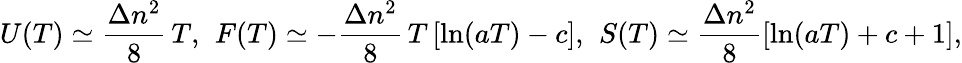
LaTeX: U(T)\simeq\frac{\Delta n^{2}}{8}\, T{,}\; \; F(T)\simeq-\frac{\Delta n^{2}}{8}\, T\left[\ln(aT)-c\right]{,}\; \; S(T)\simeq\frac{\Delta n^{2}}{8}\left[\ln(aT)+c+1\right]{,}